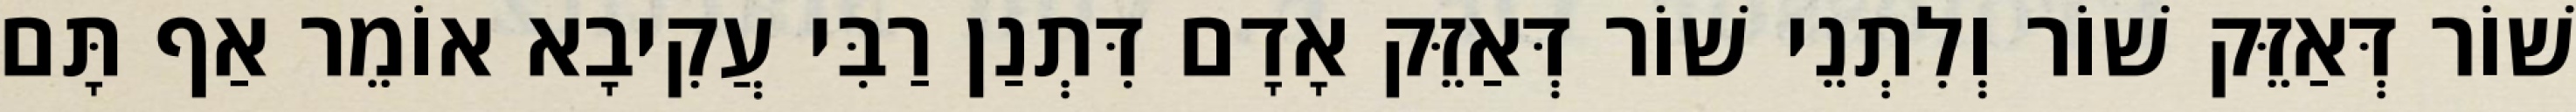
שׁוֹר דְּאַזֵּק שׁוֹר וְלִתְנֵי שׁוֹר דְּאַזֵּק אָדָם דִּתְנַן רַבִּי עֲקִיבָא אוֹמֵר אַף תָּם